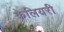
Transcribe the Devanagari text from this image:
केलियरी